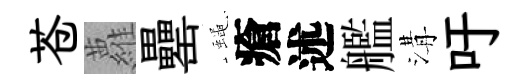
苍蘿罍蠅瘡述艦溝吁